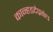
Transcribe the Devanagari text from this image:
कान्हडदेप्रबंध